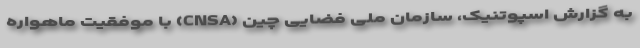
به گزارش اسپوتنیک، سازمان ملی فضایی چین (CNSA) با موفقیت ماهواره